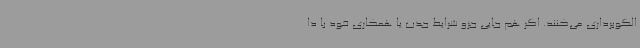
الگوبرداری می‌کنند. اگر هم جایی جزو شرایط جذب یا همکاری خود با دا